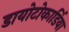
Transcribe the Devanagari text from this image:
डायोटोकार्डिया